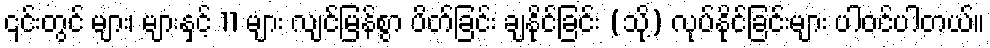
၎င်းတွင် များ၊ များနှင့် 11 များ လျင်မြန်စွာ ပိတ်ခြင်း ချနိုင်ခြင်း (သို့) လုပ်နိုင်ခြင်းများ ပါဝင်ပါတယ်။